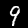
Label: 9